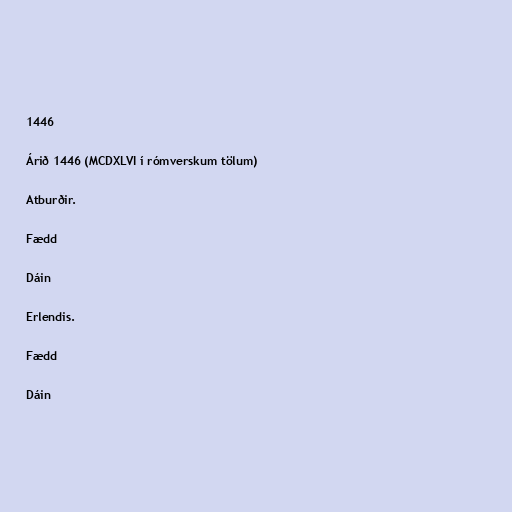
1446

Árið 1446 (MCDXLVI í rómverskum tölum)

Atburðir.

Fædd

Dáin

Erlendis.

Fædd

Dáin